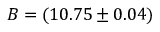
B = ( 1 0 . 7 5 \pm 0 . 0 4 )